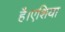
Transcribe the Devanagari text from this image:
है।एशिया